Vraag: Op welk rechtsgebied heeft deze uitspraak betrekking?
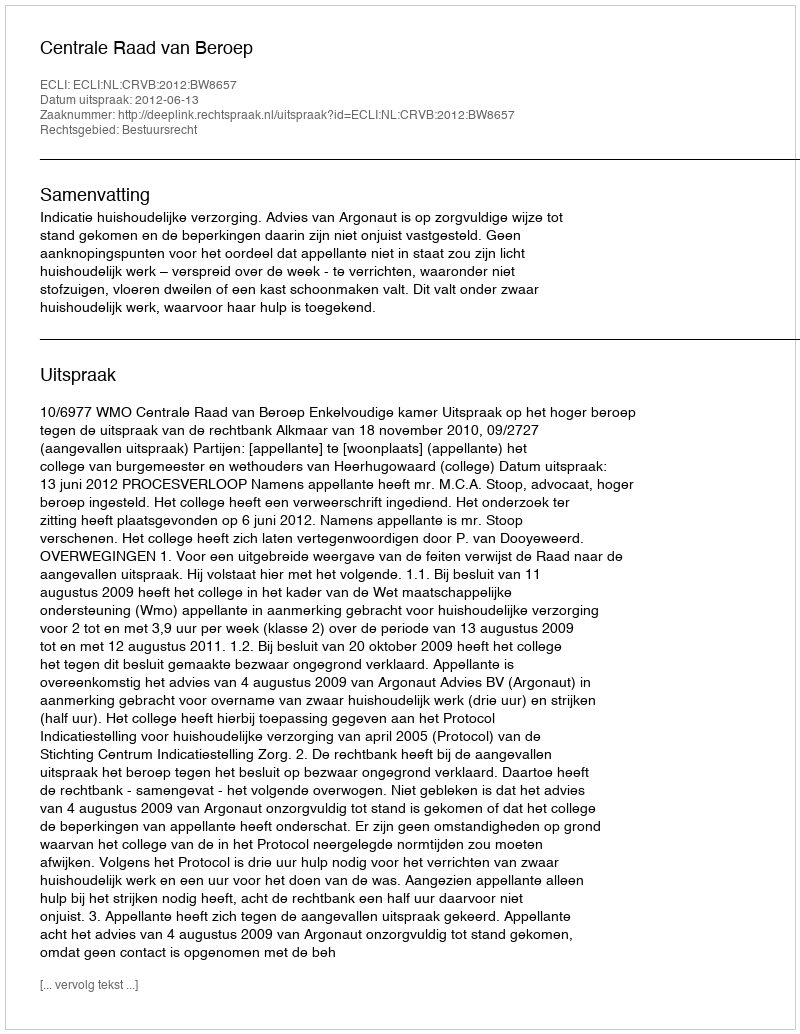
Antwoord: Bestuursrecht